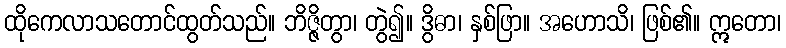
ထိုကေလာသတောင်ထွတ်သည်။ ဘိဇ္ဇိတွာ၊ တွဲ၍။ ဒွိဓာ၊ နှစ်ဖြာ။ အဟောသိ၊ ဖြစ်၏။ ဣတော၊